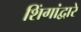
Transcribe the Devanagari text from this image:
शिंगांद्वारे